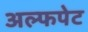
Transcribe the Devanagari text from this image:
अल्फपेट